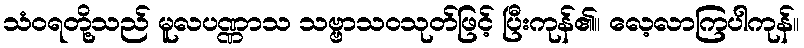
သံဝရတို့သည် မူလပဏ္ဏာသ သဗ္ဗာသဝသုတ်ဖြင့် ပြီးကုန်၏။ လေ့လာကြပါကုန်။